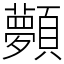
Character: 顭